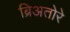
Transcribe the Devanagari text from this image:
ब्रिअतोरे